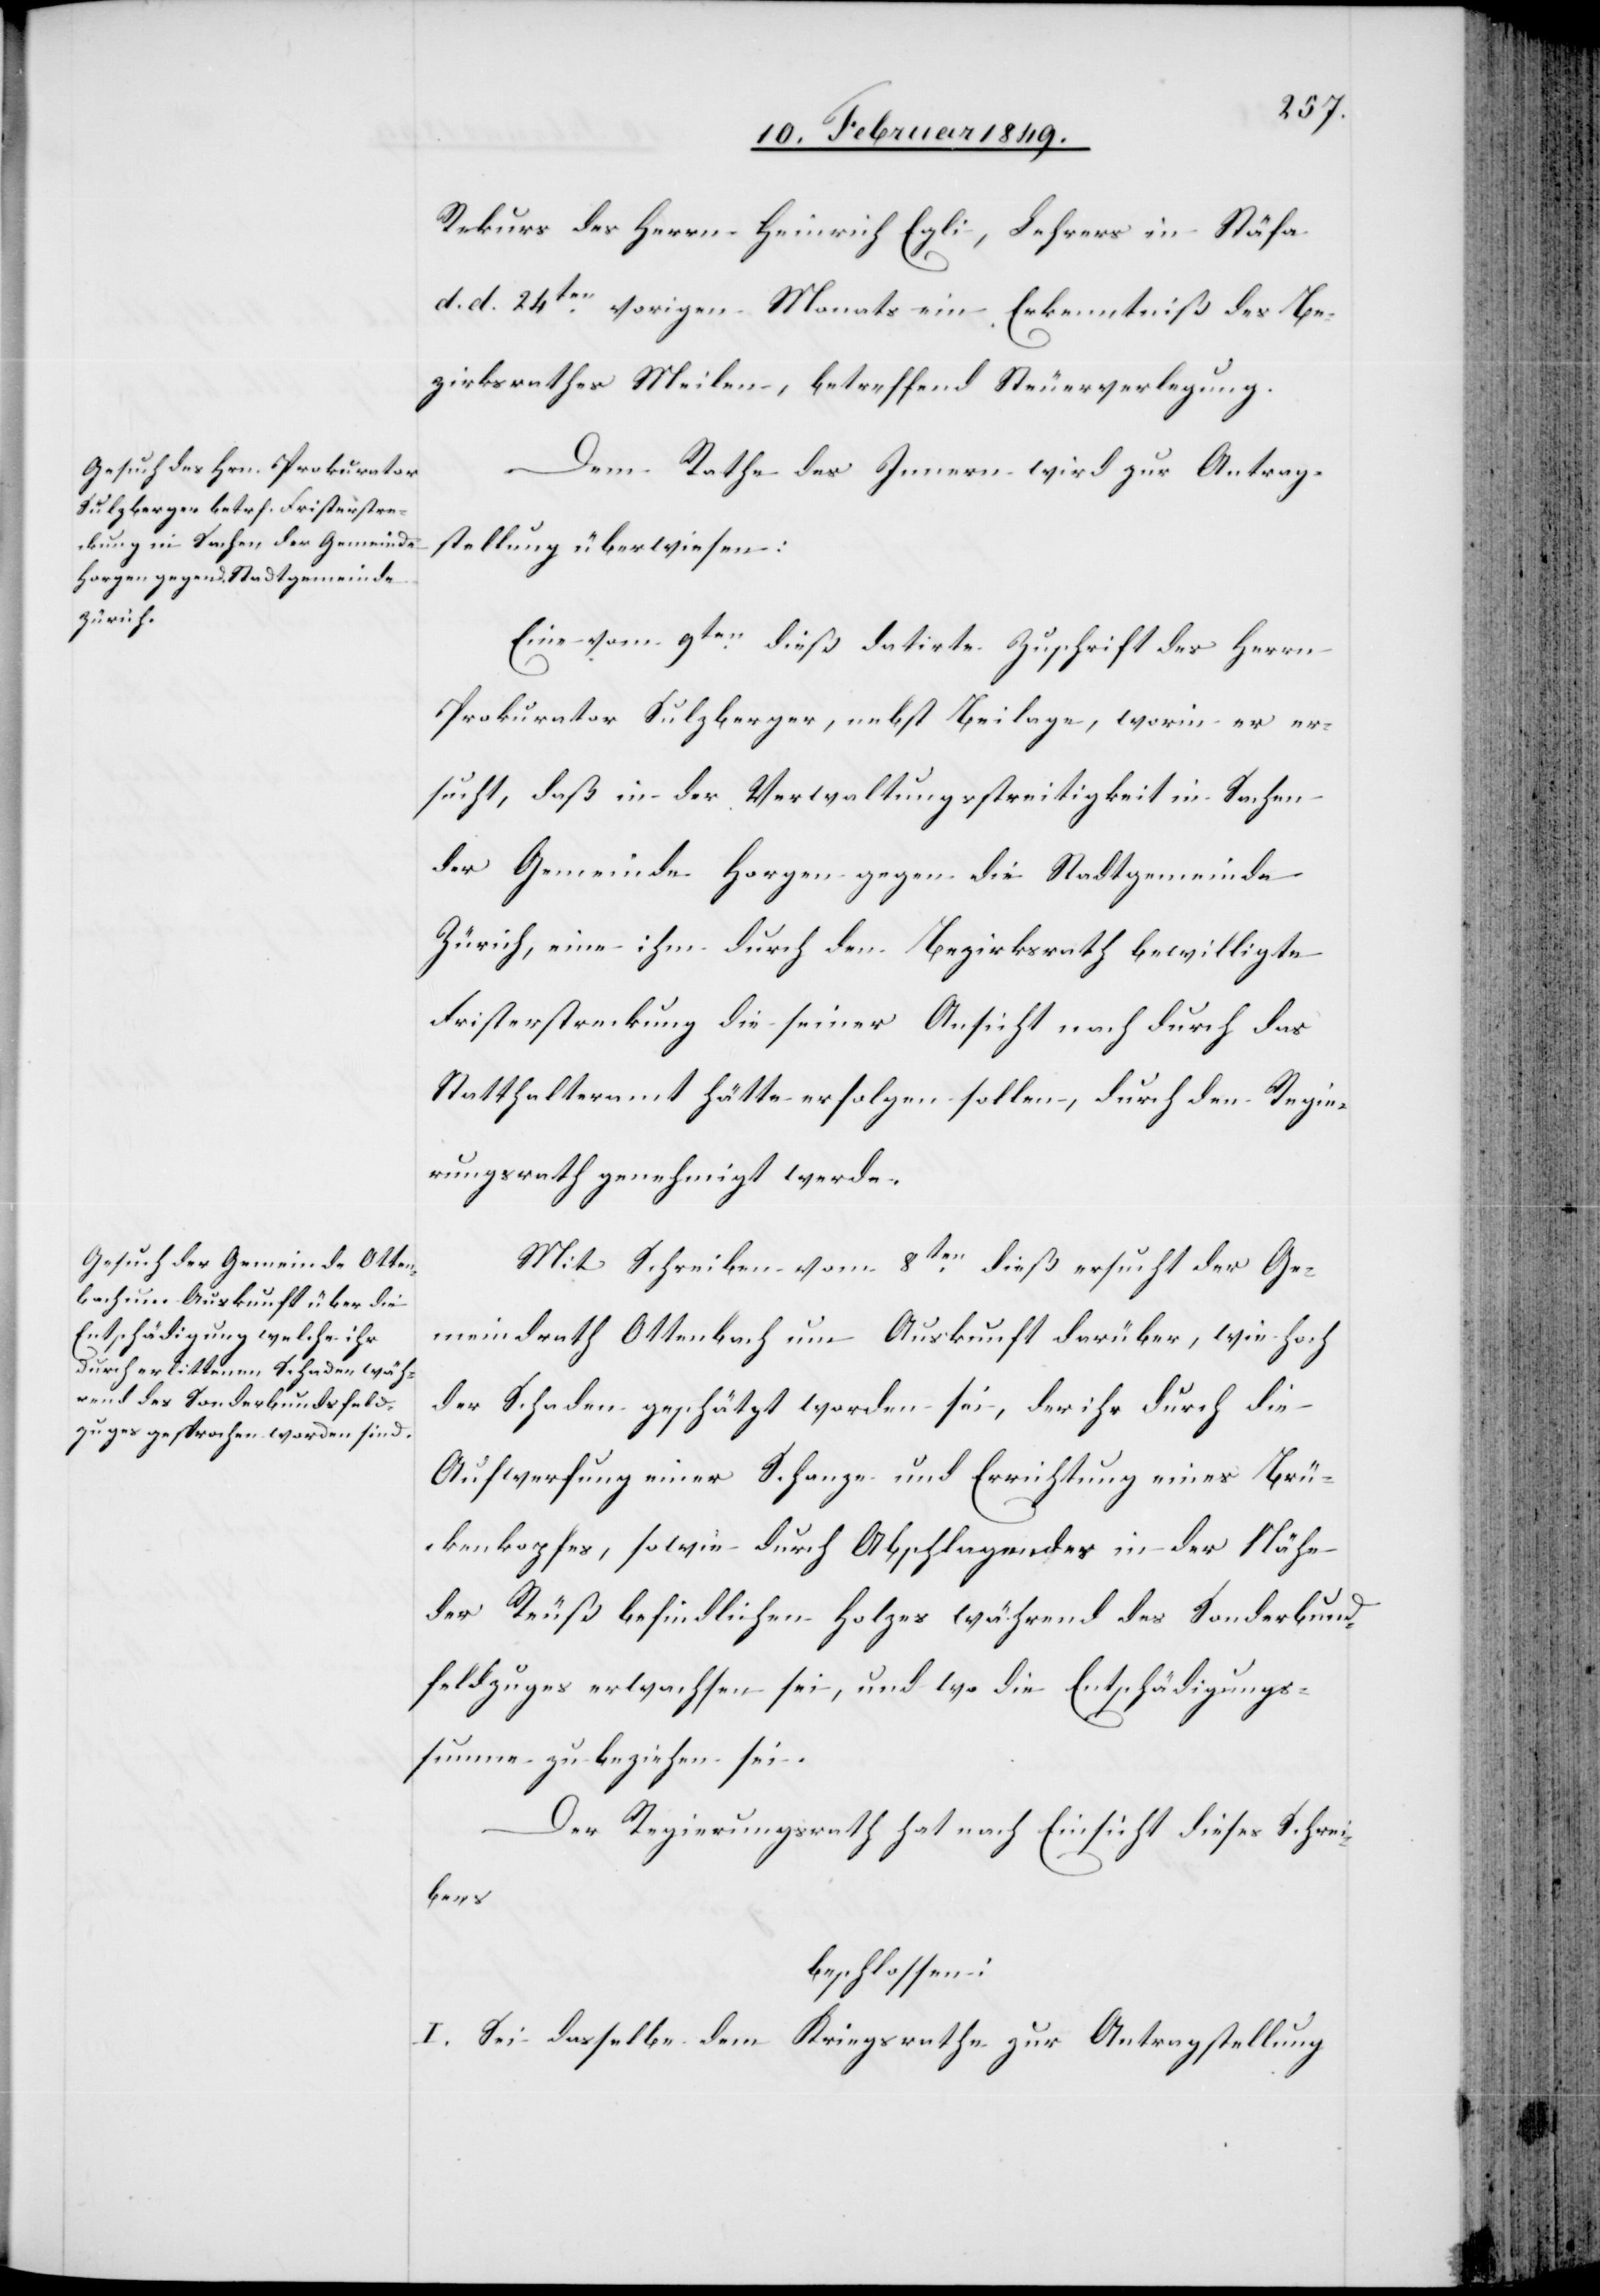
Rekurs des Herrn Heinrich Egli, Lehrers in Stäfa
d. d. 24ten. vorigen Monats ein Erkenntniß des Be¬
zirksrathes Meilen, betreffend Steuerverlegung.
Dem Rathe des Innern wird zur Antrag¬
stellung überwiesen:
Eine vom 9ten. dieß datirte Zuschrift des Herrn
Prokurator Sulzberger, nebst Beilage, worin er er¬
sucht, daß in der Verwaltungsstreitigkeit in Sachen
der Gemeinde Horgen gegen die Stadtgemeine
Zürich, eine ihm durch den Bezirksrath bewilligte
Fristerstreckung die seiner Ansicht nach durch das
Statthalteramt hätte erfolgen sollen, durch den Regie¬
rungsrath genehmigt werde.
Mit Schreiben vom 8ten. dieß ersucht der Ge¬
meindrath Ottenbach um Auskunft darüber, wie hoch
der Schaden geschätzt worden sei, der ihr durch die
Aufwerfung einer Schanze und Errichtung eines Brü¬
ckenkopfes, sowie durch Abschlagen des in der Nähe
der Reuß befindlichen Holzes während des Sonderbund¬
feldzuges erwachsen sei, und wo die Entschädigungs¬
summe zu beziehen sei.
Der Regierungsrath hat nach Einsicht dieses Schrei¬
bens
beschlossen:
I. Sei dasselbe dem Kriegsrathe zur Antragstellung